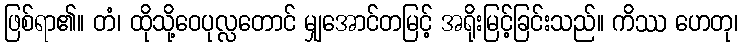
ဖြစ်ရာ၏။ တံ၊ ထိုသို့ဝေပုလ္လတောင် မျှအောင်တမြင့် အရိုးမြင့်ခြင်းသည်။ ကိဿ ဟေတု၊